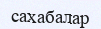
сахабалар